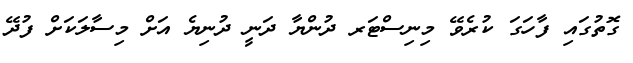
ގޮތުގައި ފާހަގަ ކުރެވޭ މިނިސްޓަރ ދުންޔާ ދަނީ ދުނިޔެ އަށް މިސާލަކަށް ފުދޭ